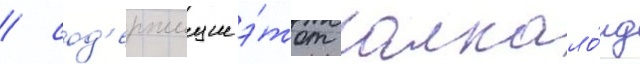
/ сод'ержищие э́тот алкало́ид